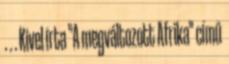
. . . Kivel írta "A megváltozott Afrika" című